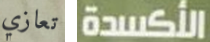
تعازي الأكسدة